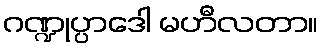
ဂဏ္ဍုပ္ပာဒေါ မဟီလတာ။